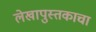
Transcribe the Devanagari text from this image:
लेखापुस्तकाचा